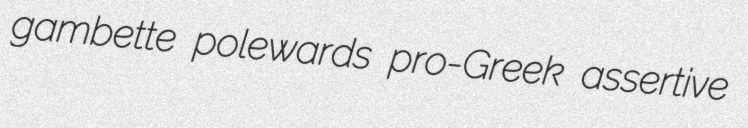
gambette polewards pro-Greek assertive